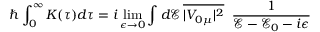
\hbar \int _ { 0 } ^ { \infty } K ( \tau ) d \tau = i \operatorname* { l i m } _ { \epsilon \to 0 } \int d \mathcal { E } \, \overline { { | V _ { 0 \mu } | ^ { 2 } } } \; \; \frac { 1 } { \mathcal { E } - \mathcal { E } _ { 0 } - i \epsilon }